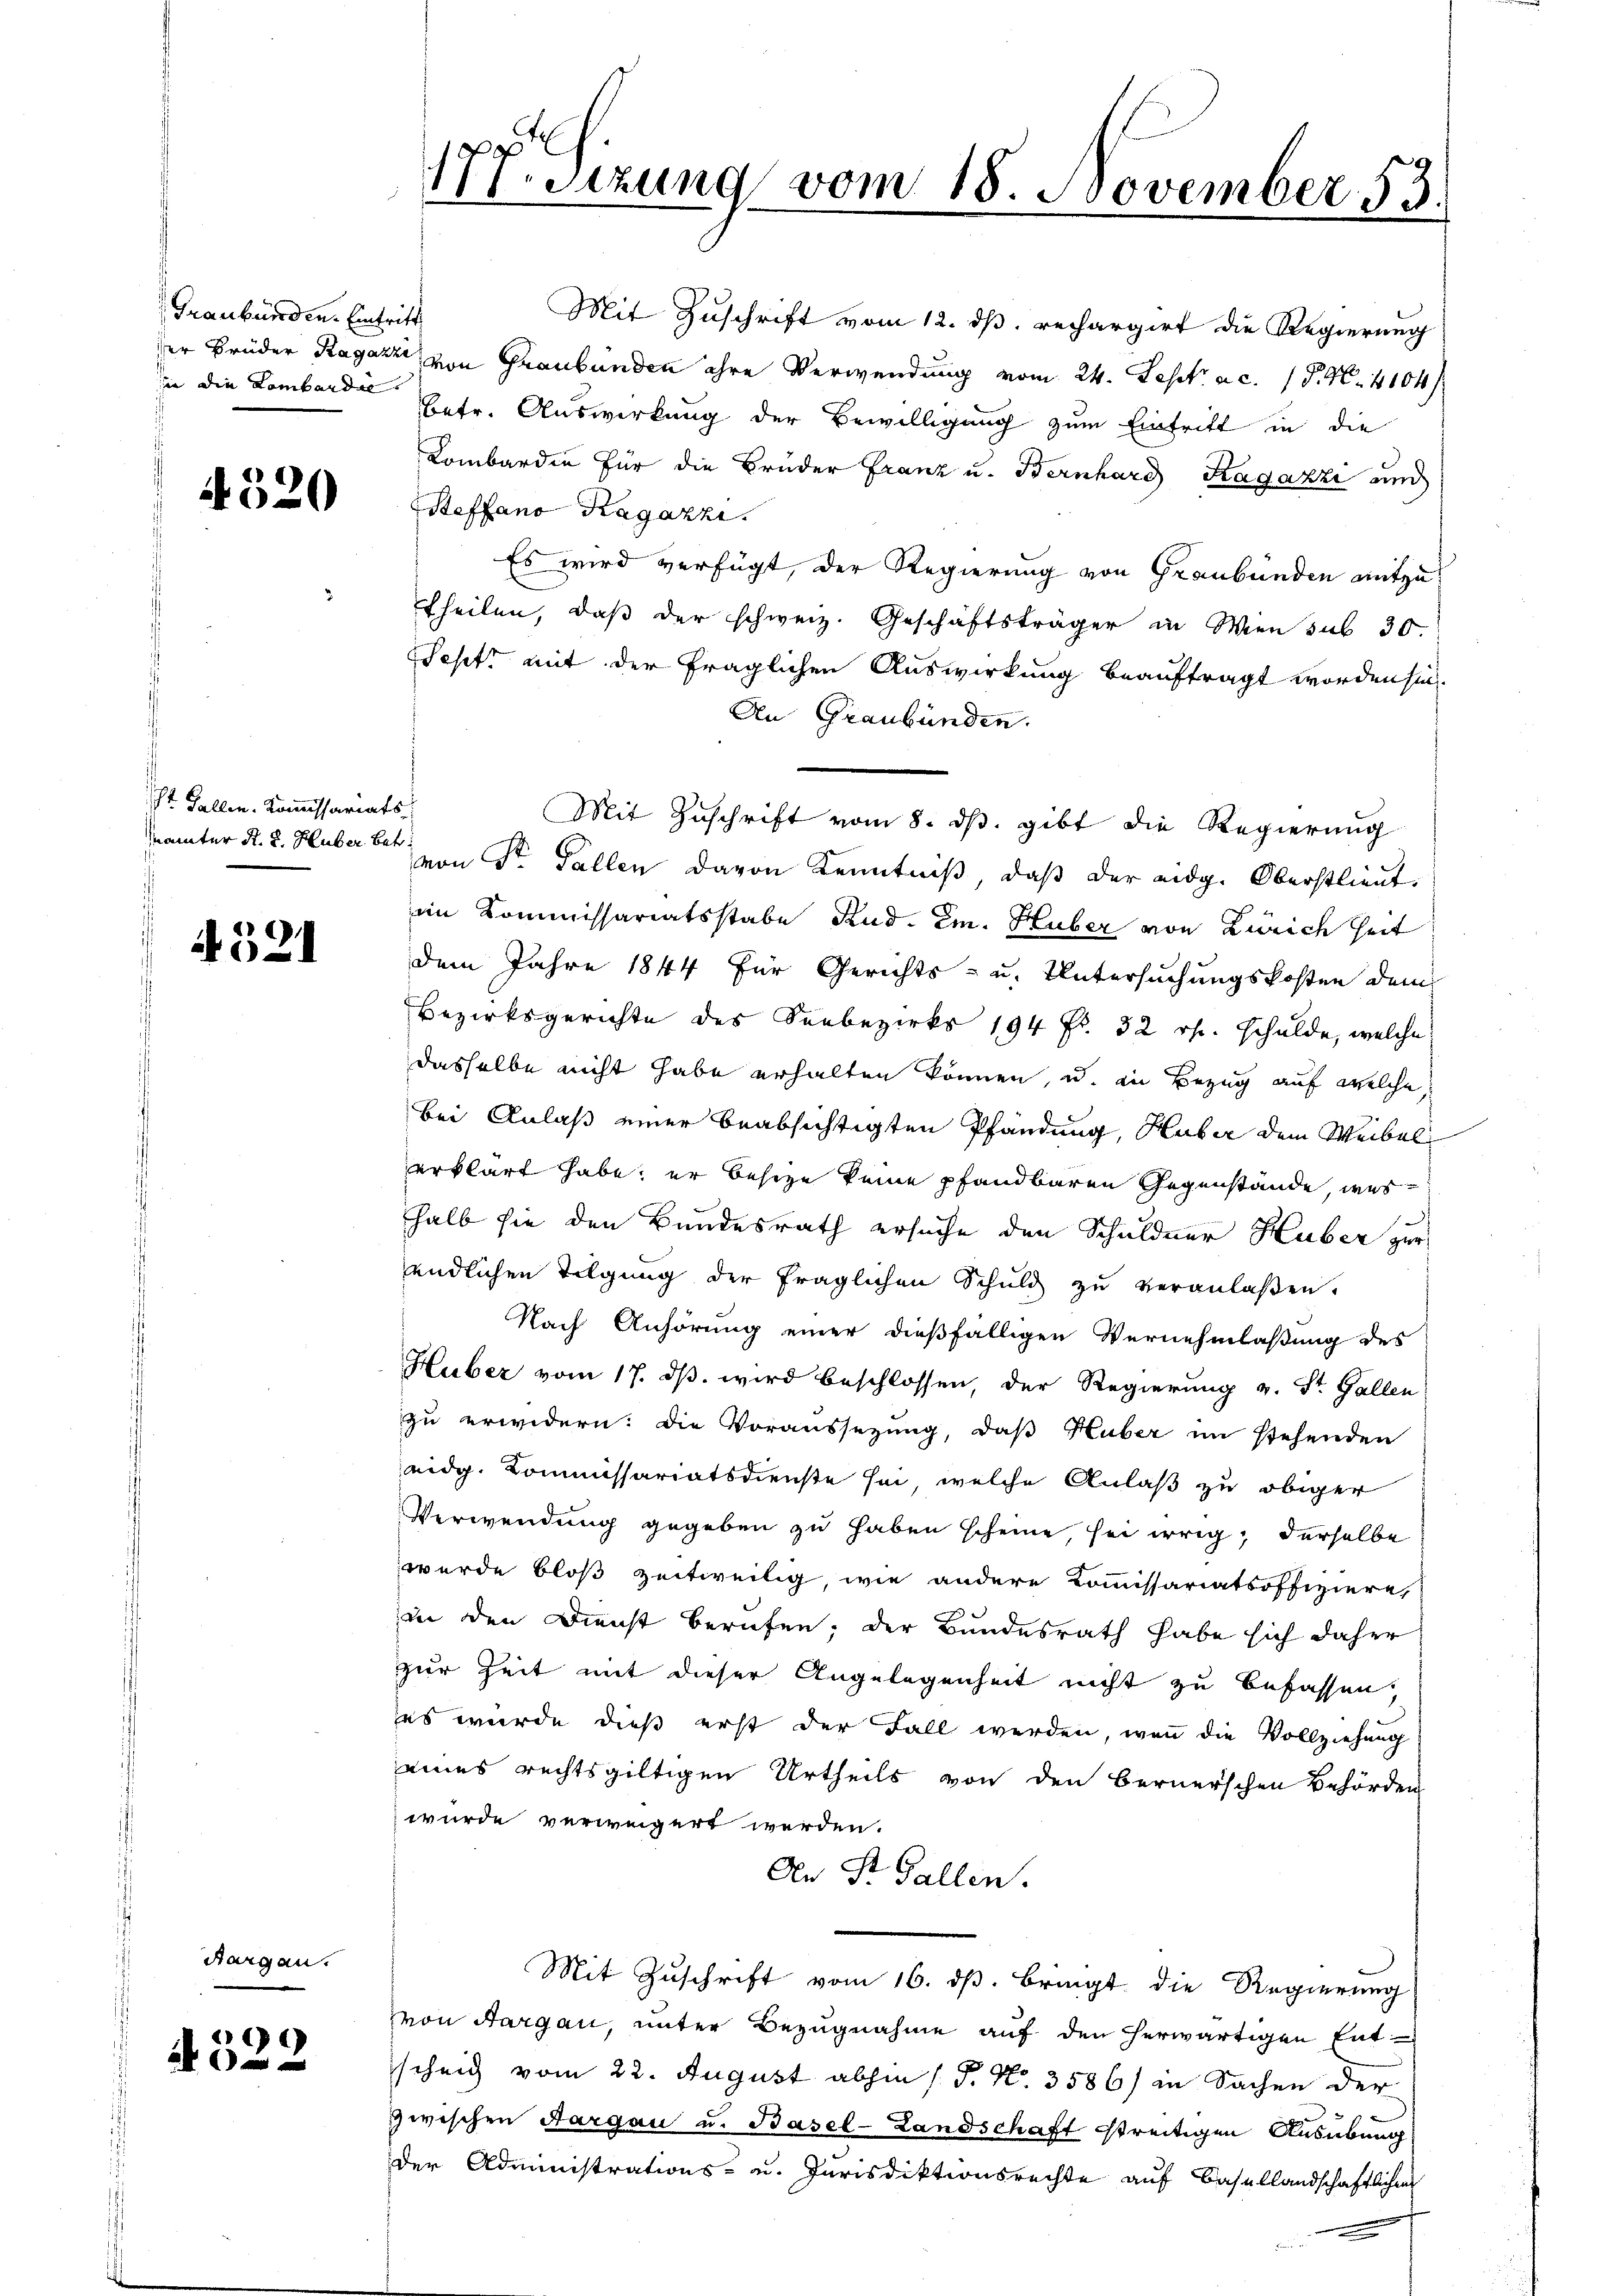
Graubünden. Eintritt
in die Lombardie

St. Gallen. Kommissariats
mainter K. K. Huber Betr.

4520

Aargau.
2
 00

Mit Zuschrift vom 12. ds. rechargirt die Regierung
der Brüder Ragazzi, von Graubünden ihre Verwendung vom 24. Sept. a. c. 18. N. 4104
Betr. Auswirkung der Bewilligung zum Eintritt in die
Kombardien für die Brüder Franz u. Bernhard Ragazzi und
Steffano Kagazzi.
Es wird verfügt, der Regierung von Graubünden mitzutheilen, daß der schweiz. Geschäftsträger in Wien sub 30.
Seht mit der fraglichen Auswirkung beauftragt worden sich.
An Graubünden.
Mit Zuschrift vom 8. ds. gibt die Regierung
von Sr. Fallen davon Kenntniß, daß der eidg. Oberstlieut.
im Kommissariatsstabe Rud. Em. Huber von Zürich heit
A 52 dem Jahre 1844 für Gerichts- u. Untersuchungskosten dem
Bezirksgerichte des Seebezirks 194 f. 32 rp. Schulde, welche
dasselbe nicht habe erhalten können, u. in Bezug auf welche
bei Anlaß einer beabsichtigten Pfändung, Huber dem Weibel
erklärt habe, er besize keine pfandbaren Gegenstände, was
halb sie den Bundesrath ersuche den Schuldner Huber zur
endlichen Tilgung der fraglichen Schuld zu veranlaßen.
Nach Anhörung einer dießfälligen Vernehmlassung des
Huber vom 17. ds. wird beschlossen, der Regierung v. St. Gallen
zu erwidern: Die Voraussezung, daß Huber im stehenden
eidg. Kommissariatsdienste sei, welche Anlaß zu obiger
Verwendung gegeben zu haben scheine, sei irrig; derselbe
wurde bloß zeitweilig, wie andere Kommissariatsoffiziere,
in den Dienst berufen; der Bundesrath habe sich daher
zur Zeit mit dieser Angelegenheit nicht zu befassen,
es wurde dieß erst der Fall werden, wenn die Vollziehung
eines rechtsgültigen Urtheils von den Bernerschen Behörden
wurde verweigert werden.
An St. Gallen.
Mit Zuschrift vom 16. dß. bringt die Regierung
von Sargau, unter Bezugnahme auf den herwärtigen Entscheid vom 22. August abhin (§. No. 3586/ in Sachen der
zwischen Aargau u. Basel-Landschaft streitigen Ausübung
Der Administrations- u. Jurisdiktionsrechte auf Basellandschaftlichen

177. Sizung vom 18. November 53.